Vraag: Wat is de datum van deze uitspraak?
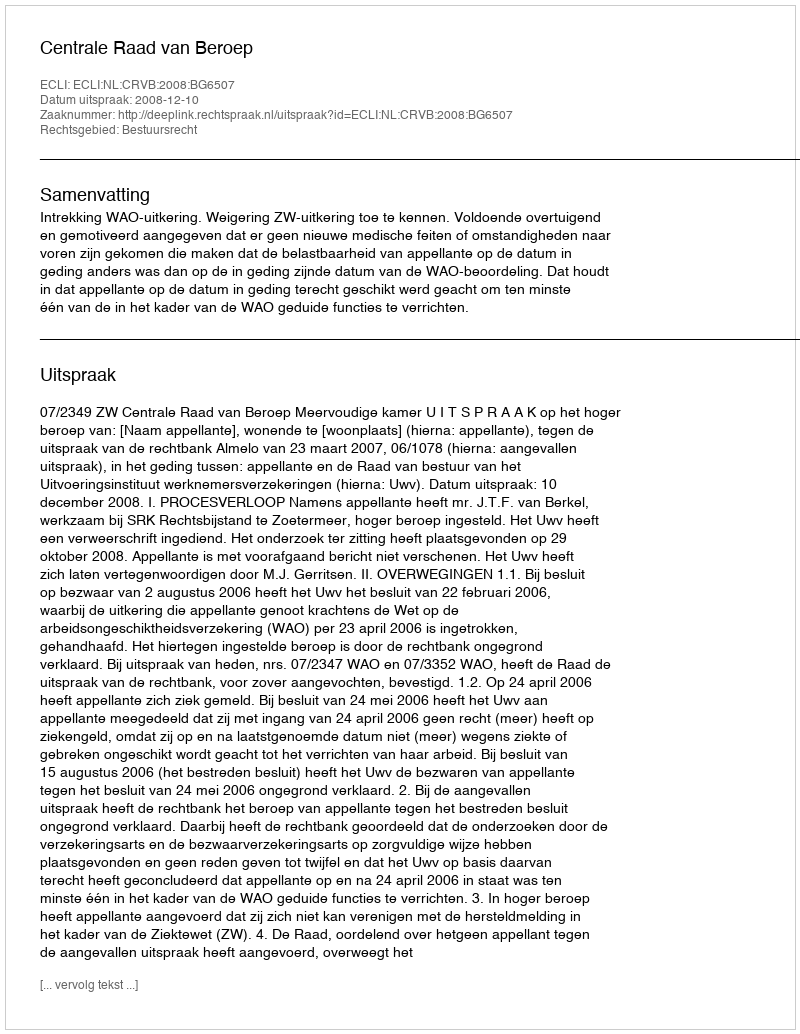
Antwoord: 2008-12-10